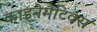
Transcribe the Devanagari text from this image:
काइनेमैटिक्स